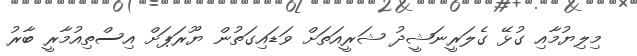
މިލިޔުމާއި ގުޅޭ ގެލަރީނަޝީދު ޝަރީއަތަށް ވަޑައިގަތުން ޔޫރަޕަށް އިސްތިއުމާރީ ބާރު